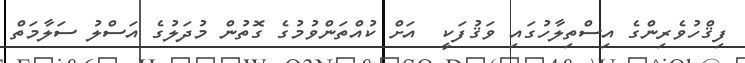
ފިޤްހުވެރިންގެ އިސްތިލާހުގައި ވަޤުފަކީ  އަށް ކުއްތަންވުމުގެ ގޮތުން މުދަލުގެ އަސްލު ސަލާމަތް